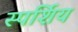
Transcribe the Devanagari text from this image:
स्पर्शिय